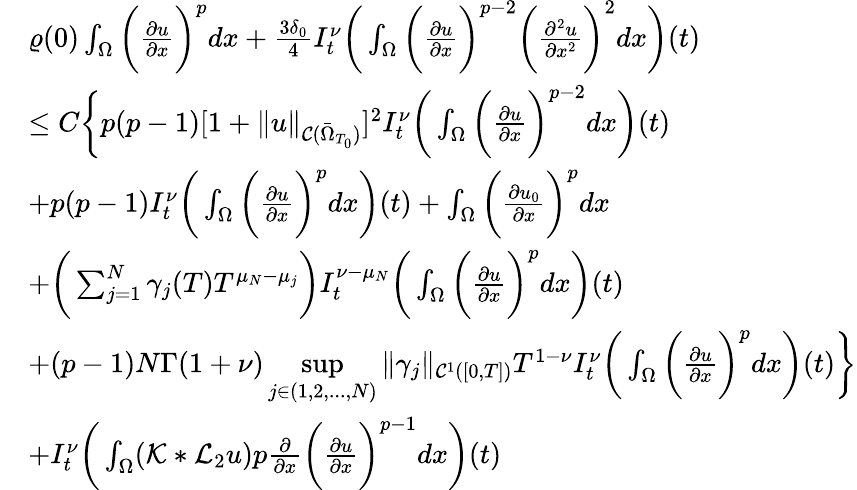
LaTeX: \begin{array}{rl}&{\varrho(0)\int_{\Omega}\bigg(\frac{\partial u}{\partial x}\bigg)^{p}dx+\frac{3\delta_{0}}{4}I_{t}^{\nu}\bigg(\int_{\Omega}\bigg(\frac{\partial u}{\partial x}\bigg)^{p-2}\bigg(\frac{\partial^{2}u}{\partial x^{2}}\bigg)^{2}dx\bigg)(t)}\\ &{\leq C\bigg\{ p(p-1)[1+\| u\| _{\mathcal{C}(\bar{\Omega}_{T_{0}})}]^{2}I_{t}^{\nu}\bigg(\int_{\Omega}\bigg(\frac{\partial u}{\partial x}\bigg)^{p-2}dx\bigg)(t)}\\ &{+p(p-1)I_{t}^{\nu}\bigg(\int_{\Omega}\bigg(\frac{\partial u}{\partial x}\bigg)^{p}dx\bigg)(t)+\int_{\Omega}\bigg(\frac{\partial u_{0}}{\partial x}\bigg)^{p}dx}\\ &{+\bigg(\sum_{j=1}^{N}\gamma_{j}(T)T^{\mu_{N}-\mu_{j}}\bigg)I_{t}^{\nu-\mu_{N}}\bigg(\int_{\Omega}\bigg(\frac{\partial u}{\partial x}\bigg)^{p}dx\bigg)(t)}\\ &{+(p-1)N\Gamma(1+\nu)\underset{j\in(1,2,...,N)}{\operatorname*{sup}}\| \gamma_{j}\| _{\mathcal{C}^{1}([0,T])}T^{1-\nu}I_{t}^{\nu}\bigg(\int_{\Omega}\bigg(\frac{\partial u}{\partial x}\bigg)^{p}dx\bigg)(t)\bigg\} }\\ &{+I_{t}^{\nu}\bigg(\int_{\Omega}(\mathcal{K}*\mathcal{L}_{2}u)p\frac{\partial}{\partial x}\bigg(\frac{\partial u}{\partial x}\bigg)^{p-1}dx\bigg)(t)}\end{array}